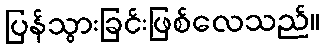
ပြန်သွားခြင်းဖြစ်လေသည်။